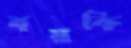
বয়কি